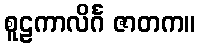
စူဠကာလိင်္ဂ ဇာတက။